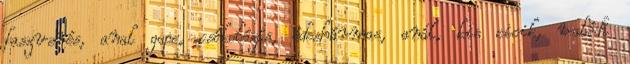
faszverés, anal gape, csókolózás, édeshármas, anál, kis cicik, valódi